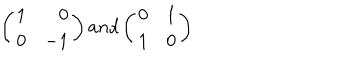
LaTeX: \left( \begin{array} { l r } { { 1 } } & { { 0 } } \\ { { 0 } } & { { - 1 } } \\ \end{array} \right) a n d \left( \begin{array} { l r } { { 0 } } & { { 1 } } \\ { { 1 } } & { { 0 } } \\ \end{array} \right)